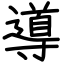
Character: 導